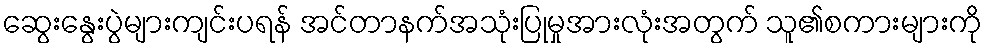
ဆွေးနွေးပွဲများကျင်းပရန် အင်တာနက်အသုံးပြုမှုအားလုံးအတွက် သူ၏စကားများကို